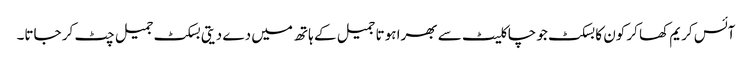
آئس کریم کھا کر کون کا بسکٹ جو چاکلیٹ سے بھرا ہوتا جمیل کے ہاتھ میں دے دیتی بسکٹ جمیل چٹ کر جاتا۔